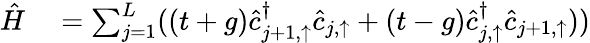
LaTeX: \begin{array}{rl}{\hat{H}}&{{}=\sum_{j=1}^{L}((t+g)\hat{c}_{j+1,\uparrow}^{\dagger}\hat{c}_{j,\uparrow}+(t-g)\hat{c}_{j,\uparrow}^{\dagger}\hat{c}_{j+1,\uparrow}))}\end{array}